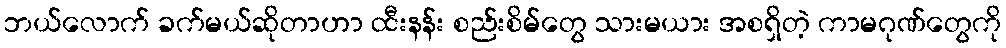
ဘယ်လောက် ခက်မယ်ဆိုတာဟာ ထီးနန်း စည်းစိမ်တွေ သားမယား အစရှိတဲ့ ကာမဂုဏ်တွေကို